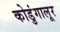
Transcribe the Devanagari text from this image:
कोडुंगालूर